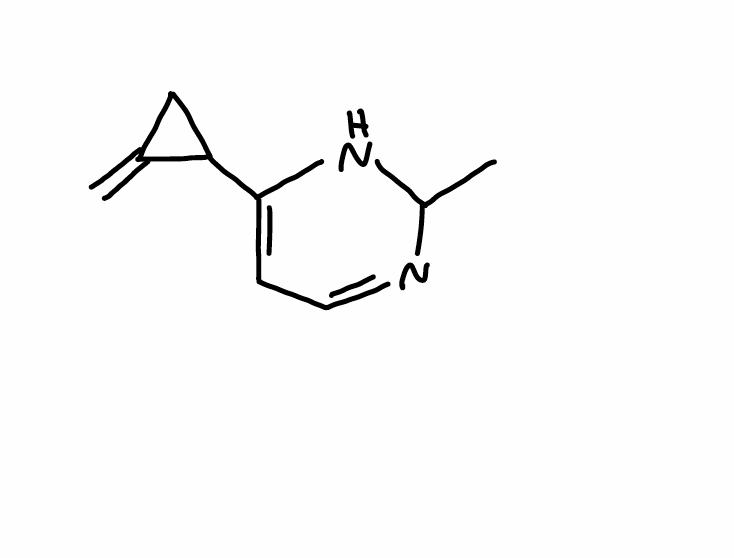
Simplified molecular-input line-entry system (SMILES) notation of the given molecule:
CC1NC(=CC=N1)C2CC2=C